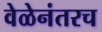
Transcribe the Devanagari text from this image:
वेळेनंतरच